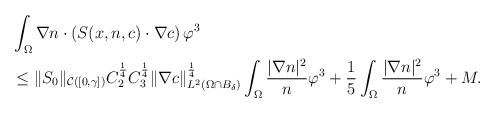
LaTeX: \begin{align*}\begin{aligned}&\int_{\Omega} \nabla n \cdot (S(x,n,c) \cdot \nabla c ) \,\varphi^{3}\\&\le \|S_{0}\|_{\mathcal{C}([0,\gamma])}C_{2}^{\frac{1}{4}}C_{3}^{\frac{1}{4}} \|\nabla c\|_{L^{2}(\Omega\cap B_{\delta})}^{\frac{1}{4}} \int_{\Omega} \frac{|\nabla n|^{2}}{n}\varphi^{3} +\frac{1}{5} \int_{\Omega} \frac{|\nabla n|^{2}}{n}\varphi^{3} +M.\end{aligned}\end{align*}